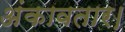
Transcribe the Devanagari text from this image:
अंकावतार।